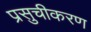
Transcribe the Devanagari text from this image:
प्रसुचीकरण